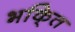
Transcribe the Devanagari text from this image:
भकि्‌त